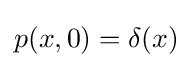
p(x,0)=\delta (x)